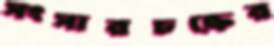
সংসারচক্রের